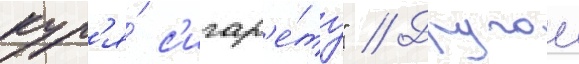
кур'я́ с'игар'е́ту" // Другои